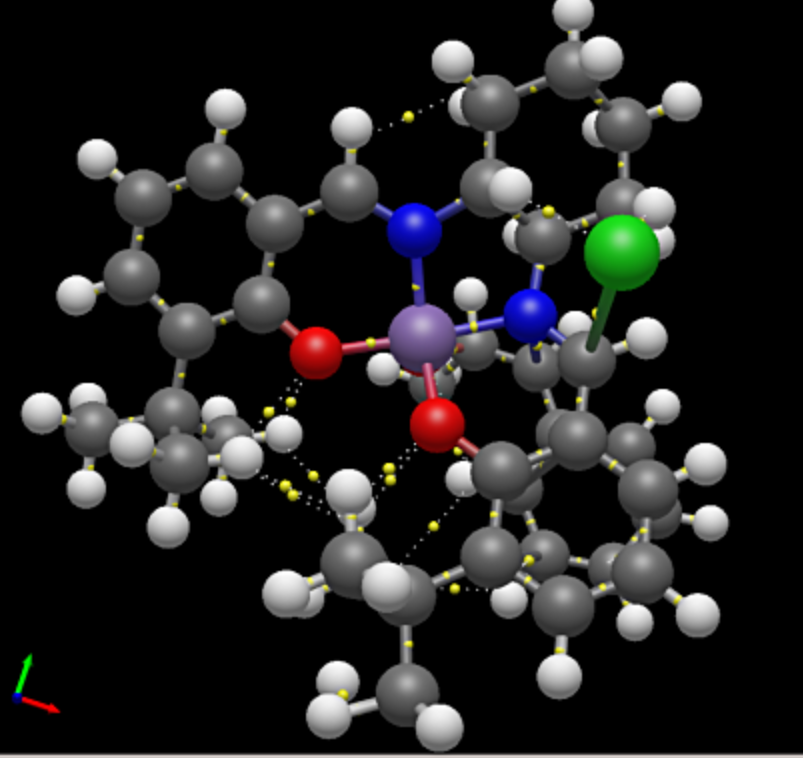
avogadro, ball and sticks